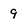
Character: 9